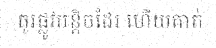
ធូរផ្លូវបន្តិចដែរ ហើយគាត់